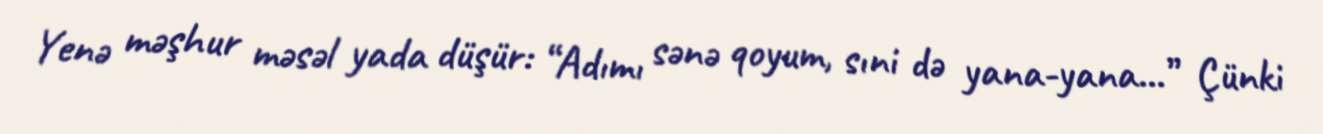
Yenə məşhur məsəl yada düşür: “Adımı sənə qoyum, sıni də yana-yana...” Çünki